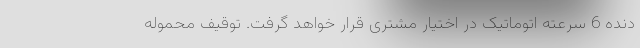
دنده 6 سرعته اتوماتیک در اختیار مشتری قرار خواهد گرفت. توقیف محموله